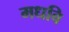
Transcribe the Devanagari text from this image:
मधवि